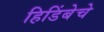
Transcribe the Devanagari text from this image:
हिडिंबेचे